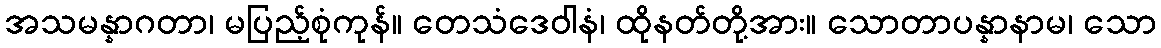
အသမန္နာဂတာ၊ မပြည့်စုံကုန်။ တေသံဒေဝါနံ၊ ထိုနတ်တို့အား။ သောတာပန္နာနာမ၊ သော